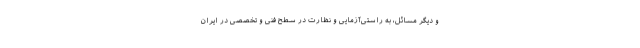
و دیگر مسائل، به راستی‌آزمایی و نظارت در سطح فنی و تخصصی در ایران